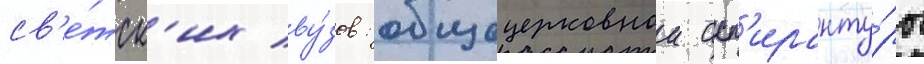
св'е́тск'их ву́зов: общецерковнои асп'иранту́ры